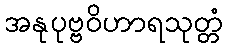
အနုပုဗ္ဗဝိဟာရသုတ္တံ